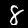
Label: 8